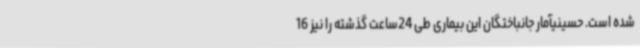
شده است. حسینیآمار جانباختگان این بیماری طی 24ساعت گذشته را نیز 16